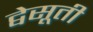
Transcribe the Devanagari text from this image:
द्वेसूती